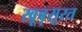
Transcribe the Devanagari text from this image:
खूबृसूरत